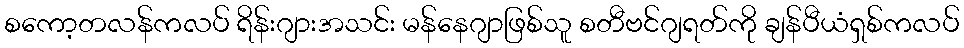
စကော့တလန်ကလပ် ရိန်းဂျားအသင်း မန်နေဂျာဖြစ်သူ စတီဗင်ဂျရတ်ကို ချန်ပီယံရှစ်ကလပ်